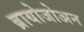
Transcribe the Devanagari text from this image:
ब्रायोजोअन